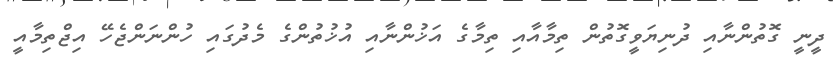
ދީނީ ގޮތުންނާއި ދުނިޔަވީގޮތުން ތިމާއާއި ތިމާގެ އަޚުންނާއި އުޚުތުންގެ މެދުގައި ހުންނަންޖެހޭ އިޖްތިމާއީ